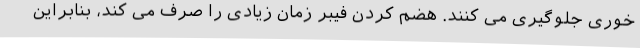
خوری جلوگیری می کنند. هضم کردن فیبر زمان زیادی را صرف می کند، بنابراین